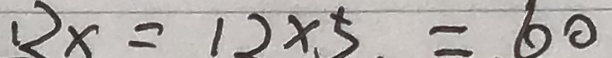
1 2 x = 1 2 \times 5 = 6 0